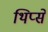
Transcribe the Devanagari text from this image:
थिप्से